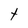
Character: t